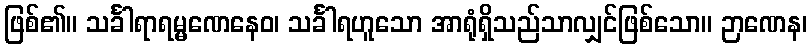
ဖြစ်၏။ သင်္ခါရာရမ္မဏေနေဝ၊ သင်္ခါရဟူသော အာရုံရှိသည်သာလျှင်ဖြစ်သော။ ဉာဏေန၊